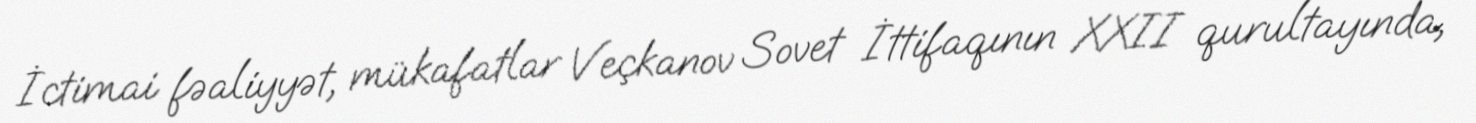
İctimai fəaliyyət, mükafatlar Veçkanov Sovet İttifaqının XXII qurultayında,